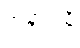
အနာဂါမီ